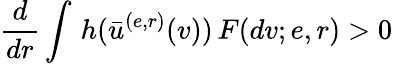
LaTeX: \frac{d}{dr}\int\, h(\bar{u}^{(e,r)}(v))\, F(dv;e,r)>0